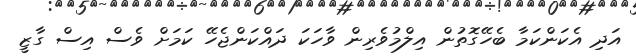
އަދި އެކަންކަމާ ބެހޭގޮތުން އިލްމުވެރިން ވާހަކަ ދައްކަންޖެހޭ ކަމަށް ވެސް އިސް ގާޒީ